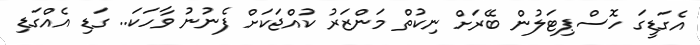
އެގަޑީގަ ހޮސްޕިޓަލުން ބޭރަށް ނިކުތް މަންޒަރު ކުއްޖަކަށް ފެނުނު ވާހަކަ.. ގަޑި އެއްގަޑި